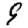
Digit: 9